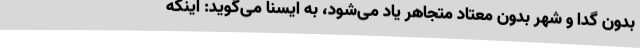
بدون گدا و شهر بدون معتاد متجاهر یاد می‌شود، به ایسنا می‌گوید: اینکه